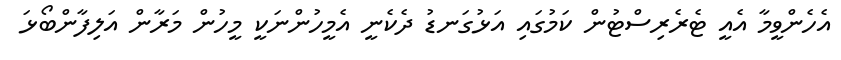
އެހެންވީމާ އެއީ ޓެރެރިސްޓުން ކަމުގައި އަޅުގަނޑު ދެކެނީ އެމީހުންނަކީ މީހުން މަރާން އަލިފާންބޯޅަ